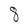
Character: 8